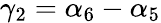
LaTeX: \gamma_{2}=\alpha_{6}-\alpha_{5}